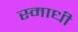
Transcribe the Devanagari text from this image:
स्माधी